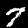
Label: 7